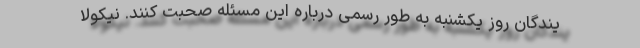
یندگان روز یکشنبه به طور رسمی درباره این مسئله صحبت کنند. نیکولا